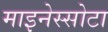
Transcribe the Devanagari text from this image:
माइनेस्सोटा